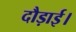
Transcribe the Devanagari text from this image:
दौड़ाई।